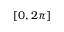
[ 0 , 2 \pi ]